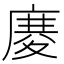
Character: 𢊋